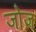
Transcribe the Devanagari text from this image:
जोज